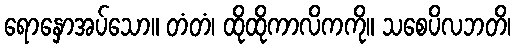
ရောနှောအပ်သော။ တံတံ၊ ထိုထိုကာလိကကို။ သစေပိလဘတိ၊